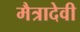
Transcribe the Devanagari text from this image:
मैत्रादेवी